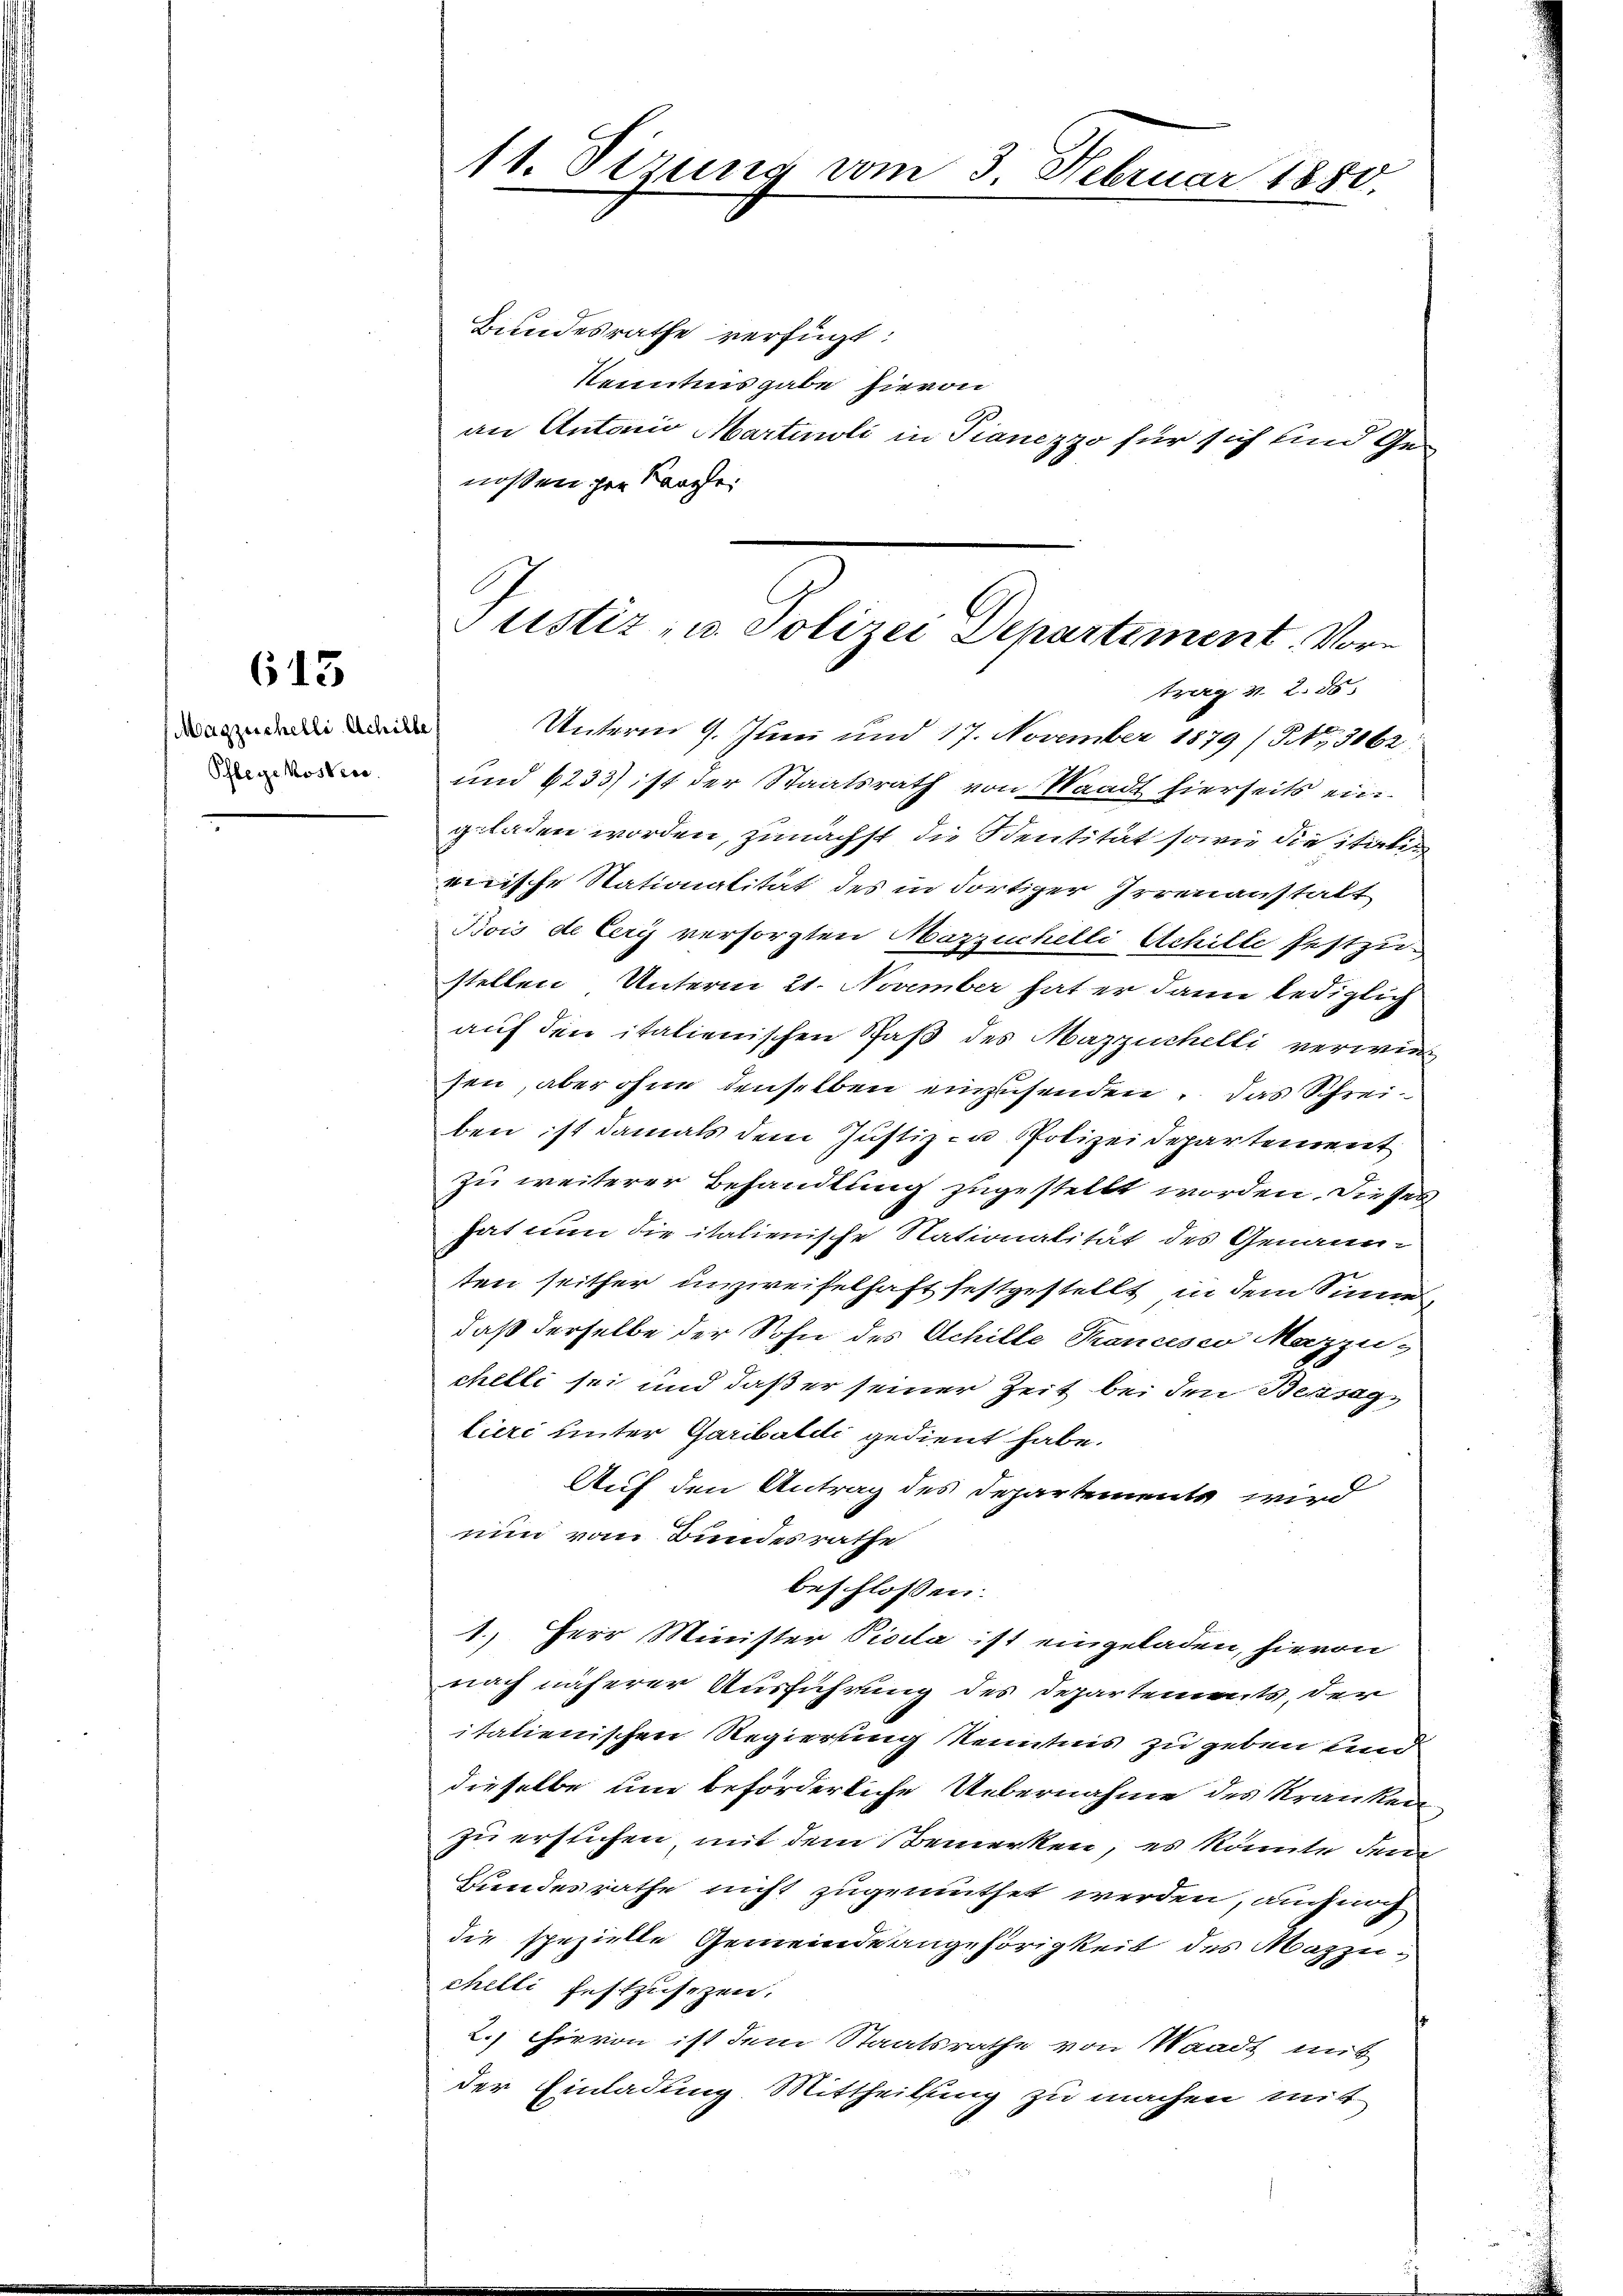
613

Magzeichelli Schille,
Phlegekostree.

11. Sizung vom 3. Februar 1880,

Bundesrathe verfügt:
krautens gabe hievon
an Antonio Martinoli in Pianezzo für sich und Genossen zur Kanzle

Unterm 9. Juni und 17. November 1879 (Nr. 3062.
und 4233) ist der Staatsrath von Waadt hierseits ein
geladen worden, zunächst die Sentität sowie die italis
wische Nationalität des in dortiger Irrenanstalt
Bois de Cery versorgten Mazzuchelli Achille festzu-
stellen Unterm 21. November hat er dann lediglich
auf den italienischen Spaß des Mazzuchelli verwiesen, aber ohne denselben einzusenden, das Schreiben ist damals dem Justiz in Polizeidepartement
zu weiterer Behandlung zugestellt worden. Dieses
hat nun die italienische Nationalität des Genannten seither unzweifelhaft festgestellt, in dem Sinne
daß derselbe der Sohn des Achille Krancisco Mazzu-
chelli sei und daß er seiner Zeit bei den Beksag
lieri unter Garibaldi gedient habe.
Auf den Antrag des Departemente wird
nun vom Bundesrathe
beschlossen:
1.) Herr Minister Vicela ist eingeladen, hievon
nach näherer Ausführung des Departements, der
itatienischen Regierung Kenntnis zu geben und
dieselbe um beförderliche Uebernahme des Kranken
zu erstichen, mit dem Bemerken, es könnte dem
Bundesräthe nicht zugemuthet werden, auch noch
die spezielle Gemeindeangehörigkeit des Mazzuchelli festzusezen.
2.) Hievon ist dem Staatsrathe von Waadt mit
der Einladung Mittheilung zu machen mit

Justiz- u. Polizei Departement. Vor¬
Berg v. 2. ds.